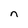
Character: n